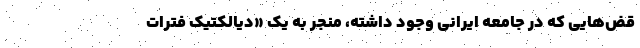
قض‌هایی که در جامعه ایرانی وجود داشته، منجر به یک «دیالکتیک فترات